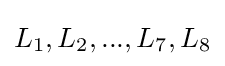
L_{1},L_{2},...,L_{7},L_{8}